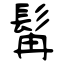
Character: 髯